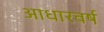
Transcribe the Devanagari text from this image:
आधारवर्ष